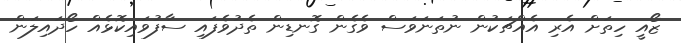
ޒޯއީ ހިތަށް އެރި އެއްޗަކުން ނުތަނަވަސް ވެގެން ގޮނޑިން ތެދުވެފައި ސާފުވައިކޮޅެއް ހޯދައިލަން